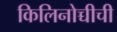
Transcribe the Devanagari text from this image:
किलिनोच्चीची